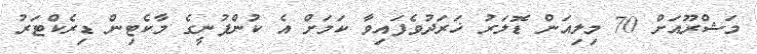
މަޝްރޫއަށް 70 މިލިއަން ޑޮލަރު ޚަރަދުވެފައިވާ ކަަމަށް އެ ކުންފުނީގެ މާކެޓިން ޑިރެކްޓަރު